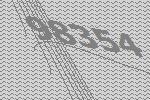
98354